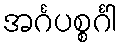
အင်္ဂပစ္စင်္ဂါ